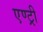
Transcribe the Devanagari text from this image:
एण्ट्री